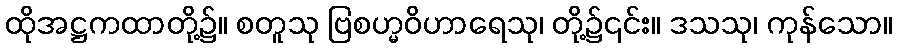
ထိုအဋ္ဌကထာတို့၌။ စတူသု ဗြစဟ္မဝိဟာရေသု၊ တို့၌၎င်း။ ဒသသု၊ ကုန်သော။